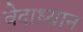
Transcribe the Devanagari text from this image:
वेदाध्यान